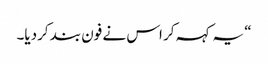
“ یہ کہہ کر اس نے فون بند کردیا۔